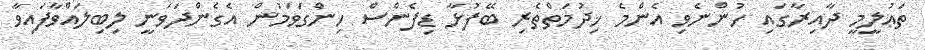
ތަޢުލީމީ ދާއިރާގައި ހުންނެވި އެންމެ ޚިދުމަތްތެރި ބޭފުޅާ ޑިފެންސް ހިންގަވަމުން އެގެންދަވަނީ ލިބިލައްވާފައިވާ